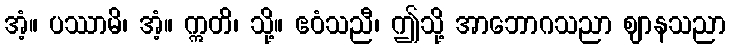
အံ့။ ပဿာမိ၊ အံ့။ ဣတိ၊ သို့။ ဧဝံသညီ၊ ဤသို့ အာဘောဂသညာ ဈာနသညာ